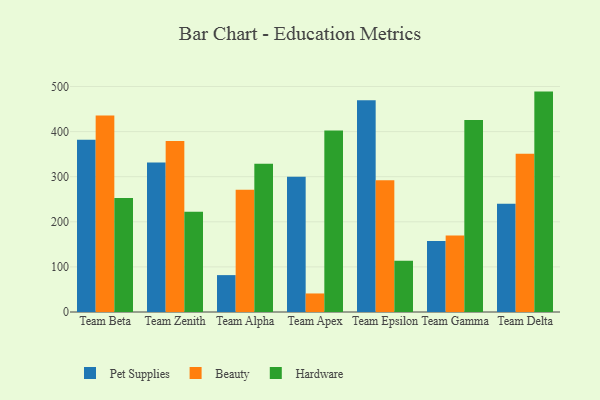
{"axis": {"x": "Team", "y": "Conversion Rate (%)"}, "legend": ["Beauty", "Hardware", "Pet Supplies"], "data": [{"x": "Team Beta", "y": 382.2, "type": "Pet Supplies"}, {"x": "Team Beta", "y": 435.5, "type": "Beauty"}, {"x": "Team Beta", "y": 252.8, "type": "Hardware"}, {"x": "Team Zenith", "y": 331.6, "type": "Pet Supplies"}, {"x": "Team Zenith", "y": 379.2, "type": "Beauty"}, {"x": "Team Zenith", "y": 222.5, "type": "Hardware"}, {"x": "Team Alpha", "y": 81.8, "type": "Pet Supplies"}, {"x": "Team Alpha", "y": 271.2, "type": "Beauty"}, {"x": "Team Alpha", "y": 328.9, "type": "Hardware"}, {"x": "Team Apex", "y": 300.1, "type": "Pet Supplies"}, {"x": "Team Apex", "y": 41.1, "type": "Beauty"}, {"x": "Team Apex", "y": 402.5, "type": "Hardware"}, {"x": "Team Epsilon", "y": 469.6, "type": "Pet Supplies"}, {"x": "Team Epsilon", "y": 292.1, "type": "Beauty"}, {"x": "Team Epsilon", "y": 113.8, "type": "Hardware"}, {"x": "Team Gamma", "y": 157.7, "type": "Pet Supplies"}, {"x": "Team Gamma", "y": 169.4, "type": "Beauty"}, {"x": "Team Gamma", "y": 426.0, "type": "Hardware"}, {"x": "Team Delta", "y": 239.8, "type": "Pet Supplies"}, {"x": "Team Delta", "y": 351.0, "type": "Beauty"}, {"x": "Team Delta", "y": 488.7, "type": "Hardware"}]}